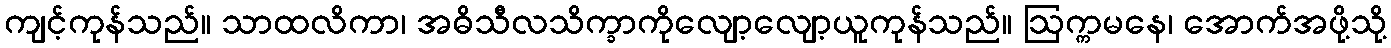
ကျင့်ကုန်သည်။ သာထလိကာ၊ အဓိသီလသိက္ခာကိုလျော့လျော့ယူကုန်သည်။ ဩက္ကမနေ၊ အောက်အဖို့သို့